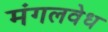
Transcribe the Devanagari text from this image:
मंगलवेध